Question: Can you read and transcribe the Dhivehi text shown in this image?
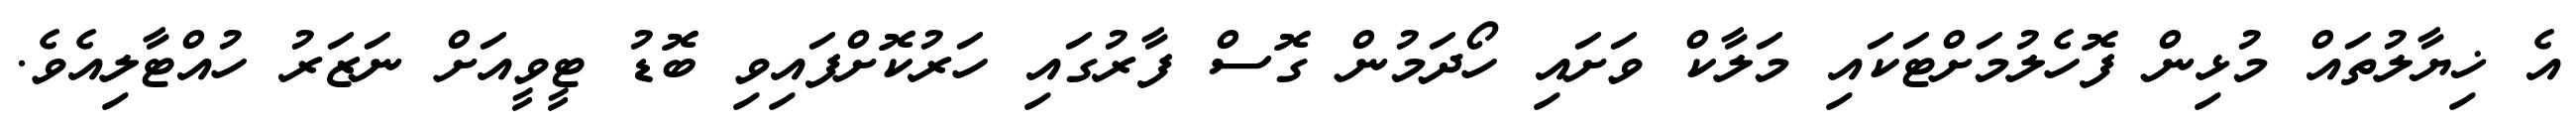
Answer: އެ ޚިޔާލުތައް މުޅިން ފޮހެލުމަށްޓަކައި މަލާކް ވަށައި ހޯދަމުން ގޮސް ފާރުގައި ހަރުކޮށްފައިވި ބޮޑު ޓީވީއަށް ނަޒަރު ހުއްޓާލިއެވެ.